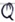
Text: Q